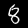
Label: 8